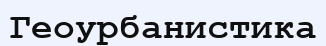
Геоурбанистика